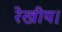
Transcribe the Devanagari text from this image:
रेखीय।